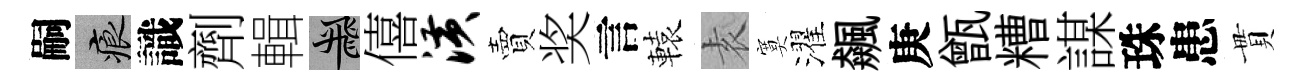
嗣痕識劑輯飛僖潢賣奖言轅𡊮寞濯飆庚甑糟謀珠患貫